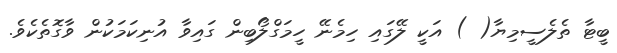
ބީޓާ ތެލެސީމިޔާ( ) އަކީ ލޭގައި ހިމެނޭ ހީމަގްލޯބިން ގައިވާ އުނިކަމަކުން ވާގޮތެކެވެ.